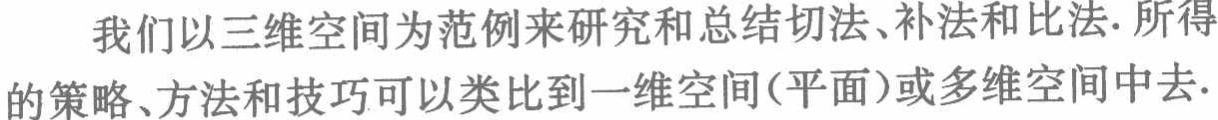
我们以三维空间为范例来研究和总结切法、补法和比法. 所得的策略、方法和技巧可以类比到一维空间(平面)或多维空间中去.